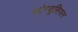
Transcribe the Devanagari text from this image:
कोरबुसियन